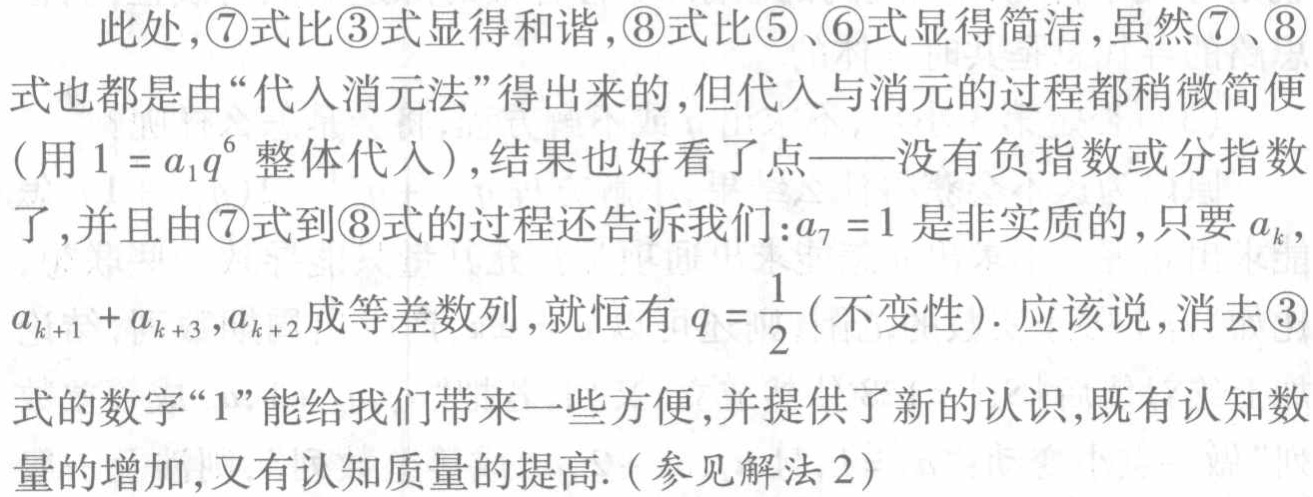
此处，\(\textcircled{7}\)式比\(\textcircled{3}\)式显得和谐，\(\textcircled{8}\)式比\(\textcircled{5}\)、\(\textcircled{6}\)式显得简洁，虽然\(\textcircled{7}\)、\(\textcircled{8}\)式也都是由“代入消元法”得出来的，但代入与消元的过程都稍微简便（用\(1 = a_{1}q^{6}\)整体代入），结果也好看了点——没有负指数或分指数了，并且由\(\textcircled{7}\)式到\(\textcircled{8}\)式的过程还告诉我们：\(a_{7} = 1\)是非实质的，只要\(a_{k}\)，\(a_{k + 1}+a_{k + 3}\)，\(a_{k + 2}\)成等差数列，就恒有\(q = \frac{1}{2}\)（不变性）. 应该说，消去\(\textcircled{3}\)式的数字“\(1\)”能给我们带来一些方便，并提供了新的认识，既有认知数量的增加，又有认知质量的提高.（参见解法\(2\)）